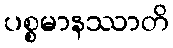
ပစ္စမာနဿာတိ